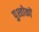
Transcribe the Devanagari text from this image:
पुश्तोकों